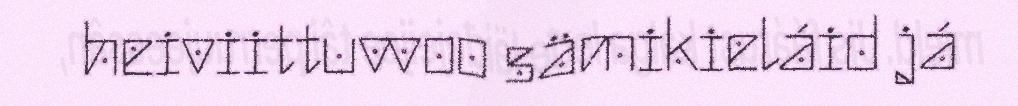
heiviittuvvoo sämikieláid já